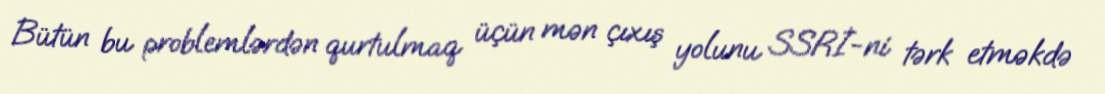
Bütün bu problemlərdən qurtulmaq üçün mən çıxış yolunu SSRİ-ni tərk etməkdə